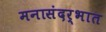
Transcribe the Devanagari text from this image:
मनासंदर्भात